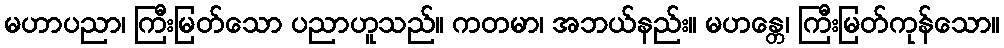
မဟာပညာ၊ ကြီးမြတ်သော ပညာဟူသည်။ ကတမာ၊ အဘယ်နည်း။ မဟန္တေ၊ ကြီးမြတ်ကုန်သော။